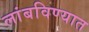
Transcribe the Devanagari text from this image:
लांबविण्यात